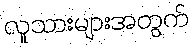
လူသားများအတွက်